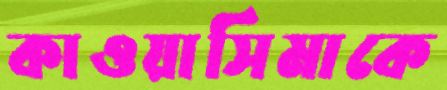
কাওয়াসিমাকে